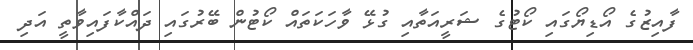
ފާއިޒުގެ އޯޑިޔޯގައި ކޯޓުގެ ޝަރީއަތާއި ގުޅޭ ވާހަކަތައް ކޯޓުން ބޭރުގައި ދައްކާފައިވާތީ އަދި